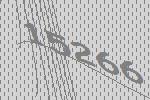
15266